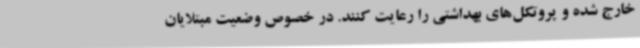
خارج شده و پروتکل‌های بهداشتی را رعایت کنند. در خصوص وضعیت مبتلایان